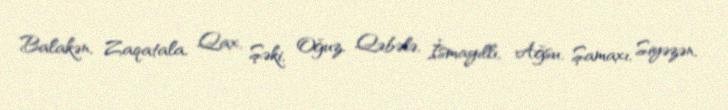
Balakən, Zaqatala, Qax, Şəki, Oğuz, Qəbələ, İsmayıllı, Ağsu, Şamaxı, Siyəzən,